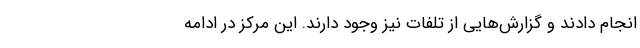
انجام دادند و گزارش‌هایی از تلفات نیز وجود دارند. این مرکز در ادامه